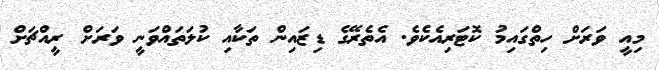
މިއީ ވަރަށް ހިތްގައިމު ކޮޓަރިއެކެވެ. އެތެރޭގެ ޑިޒައިން ތަކާއި ކުލަތައްވަނީ ވަރަށް ރީއްޗަށް